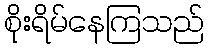
စိုးရိမ်နေကြသည်